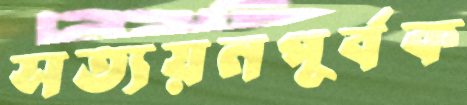
সত্যয়নপূর্বক